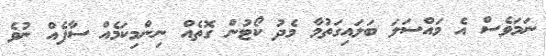
ނަމަވެސް އެ މައްސަލަ ބަލައިގަތުމާ މެދު ކޯޓުން ގޮތެއް ނިންމިކަމެއް ސާފެއް ނުވެ